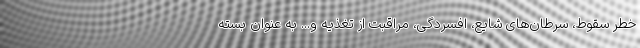
خطر سقوط، سرطان‌های شایع، افسردگی، مراقبت از تغذیه و... به عنوان بسته